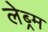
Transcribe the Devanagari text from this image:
लेब्र्म